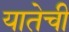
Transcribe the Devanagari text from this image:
यातेची